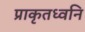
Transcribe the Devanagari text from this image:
प्राकृतध्वनि